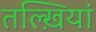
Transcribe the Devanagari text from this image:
तल्ख़ियां